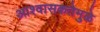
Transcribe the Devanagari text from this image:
आश्वासकतेमुळे